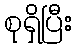
စုရှိပြီး